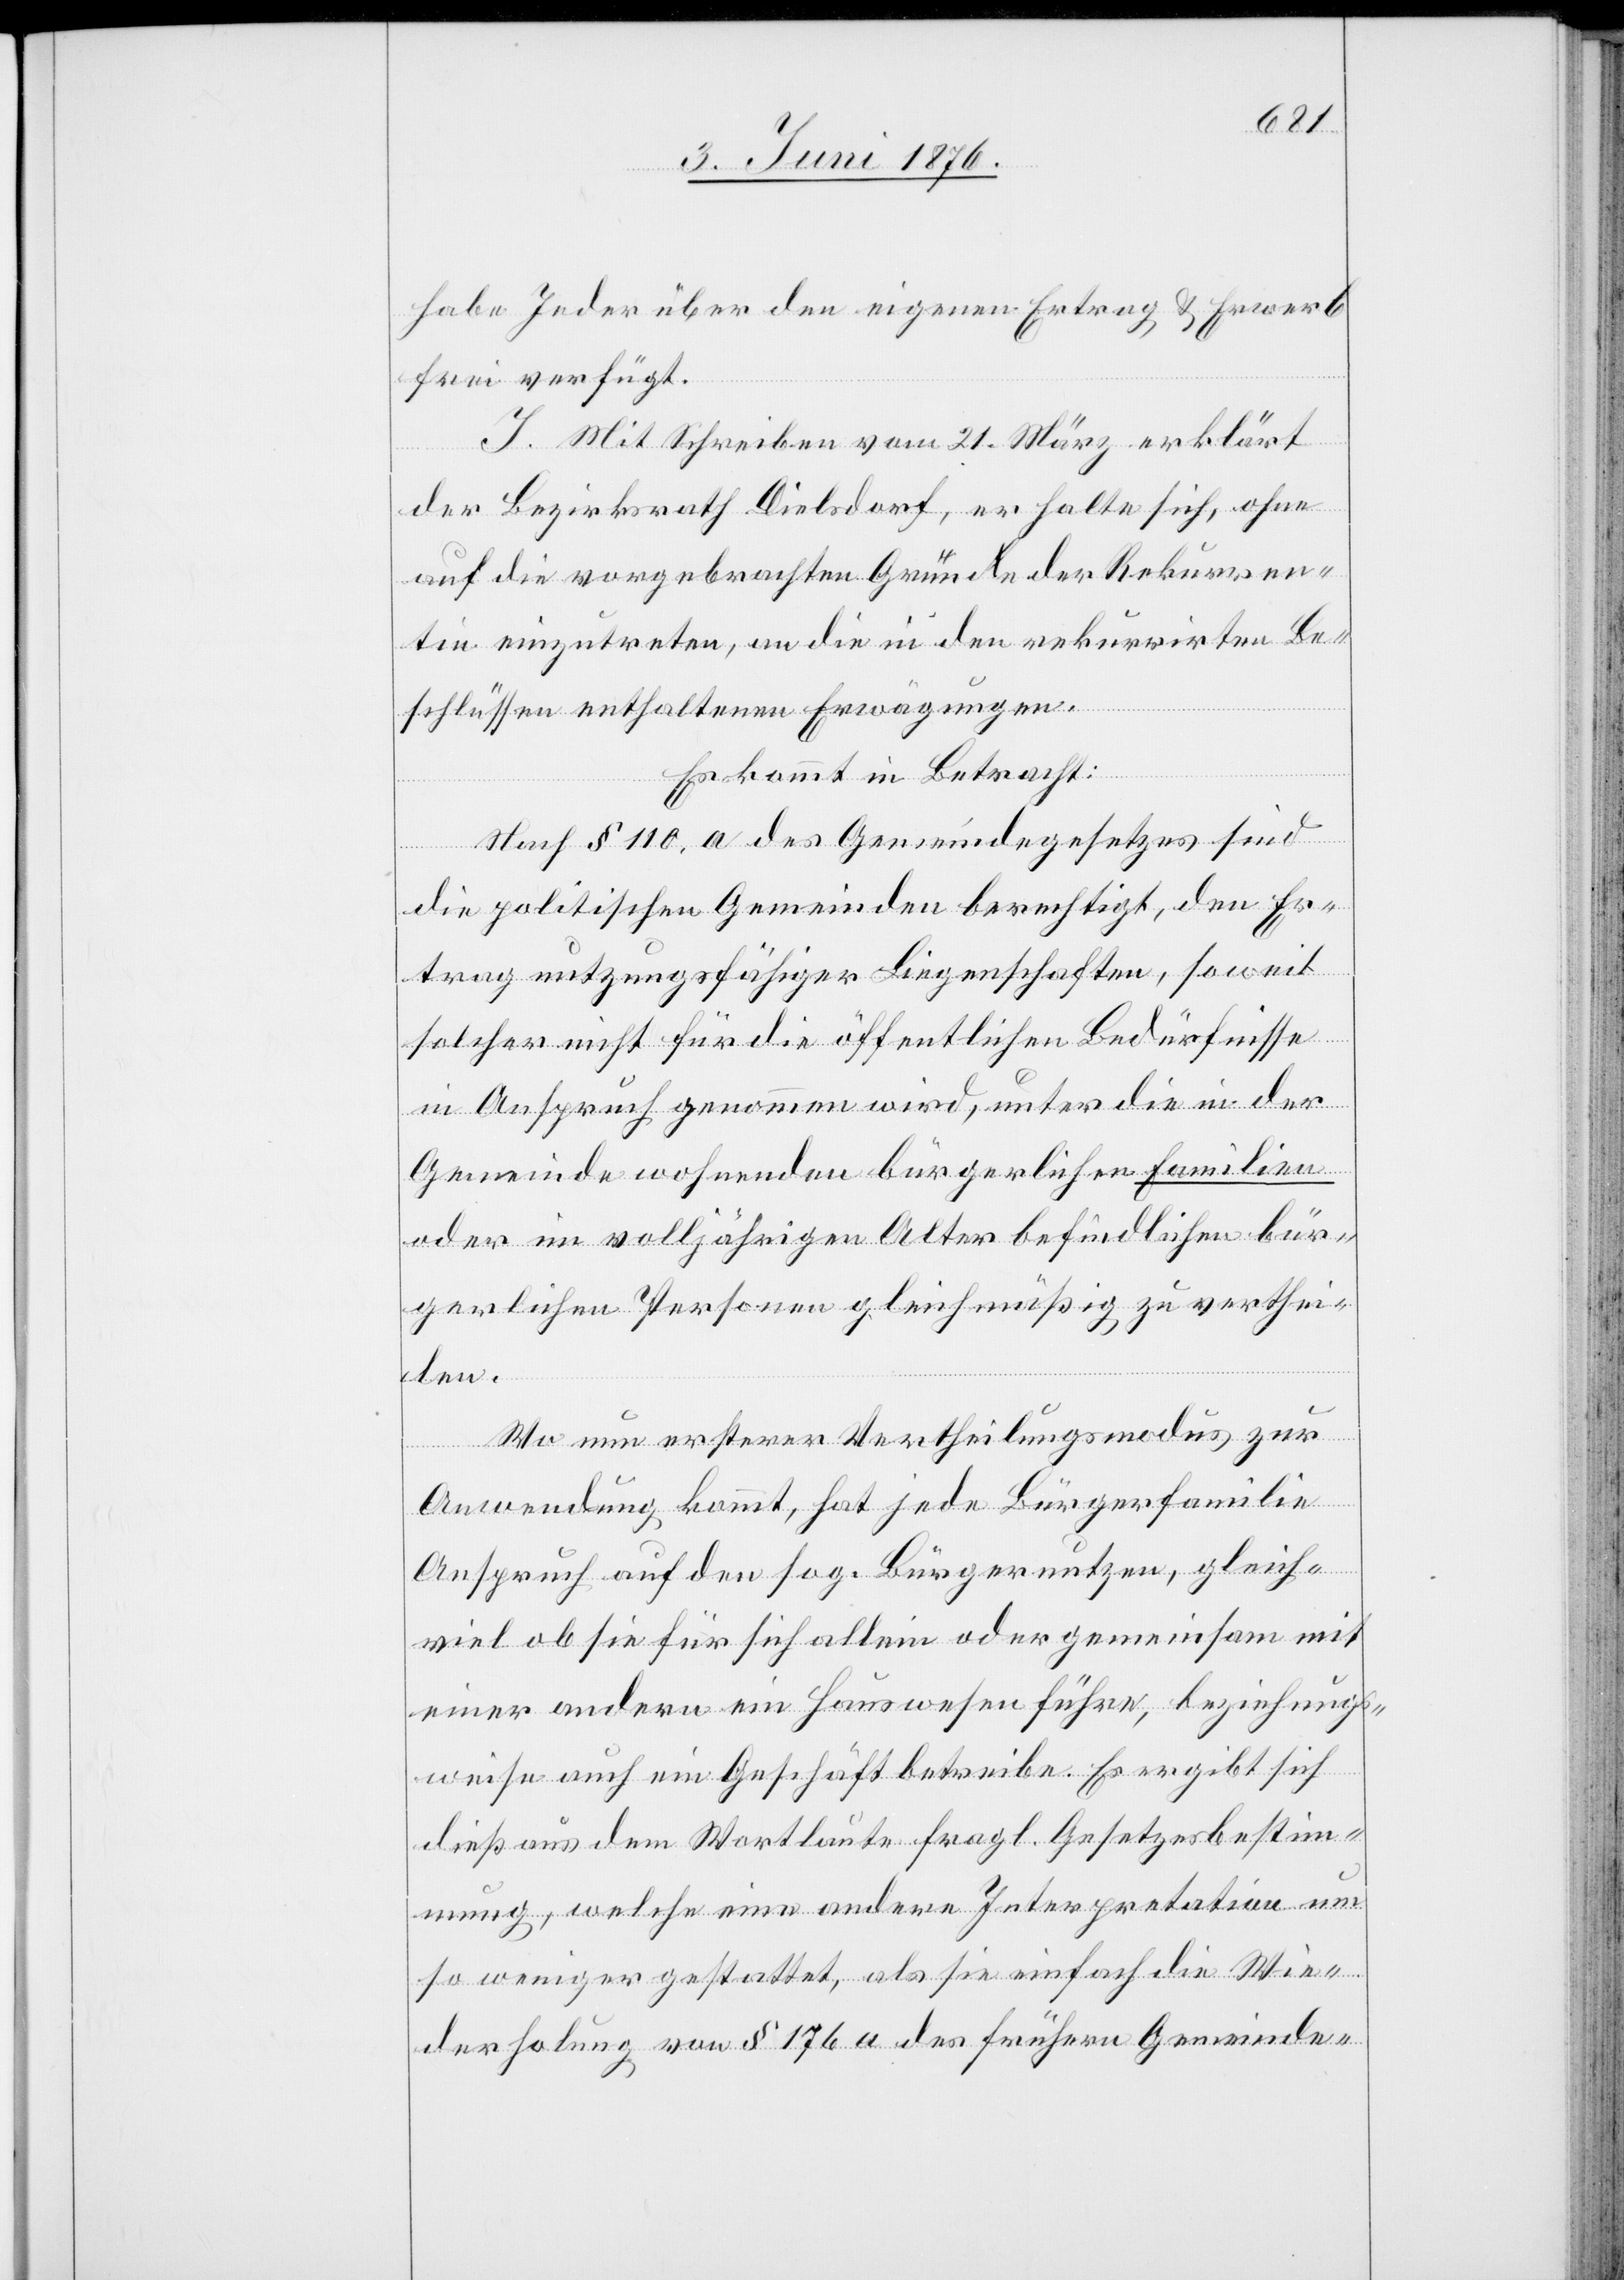
habe Jeder über den eigenen Ertrag & Erwerb
frei verfügt.
J. Mit Schreiben vom 21. März erklärt
der Bezirksrath Dielsdorf, er halte sich, ohne
auf die vorgebrachten Gründe der Rekurren¬
tin einzutreten, an die in den rekurrirten Be¬
schlüssen enthaltenen Erwägungen.
Es kommt in Betracht:
Nach § 110, a des Gemeindegesetzes sind
die politischen Gemeinden berechtigt, den Er¬
trag nutzungsfähiger Liegenschaften, soweit
solcher nicht für die öffentlichen Bedürfnisse
in Anspruch genommen wird, unter die in der
Gemeinde wohnenden bürgerlichen Familien
oder im volljährigen Alter befindlichen bür¬
gerlichen Personen gleichmäßig zu verthei¬
len.
Wo nun ersterer Vertheilungsmodus zur
Anwendung kommt, hat jede Bürgerfamilie
Anspruch auf den sog. Bürgernutzen, gleich¬
viel ob sie für sich allein oder gemeinsam mit
einer andern ein Hauswesen führe, beziehungs¬
weise auch ein Geschäft betreibe. Es ergibt sich
dies aus dem Wortlaute fragl. Gesetzesbestim¬
mung, welche eine andere Interpretation um
so weniger gestattet, als sie einfach die Wie¬
derholung von § 176 a des frühern Gemeinde-